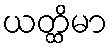
ယတ္ထိမာ